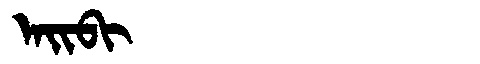
Manchu: ᠠᡳᠪᡳ
Romanization: AIBI